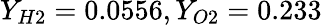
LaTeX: Y_{H2}=0.0556,Y_{O2}=0.233